Indian journal of veterinary science and animal husbandry - Volume 4,
Year: 1934
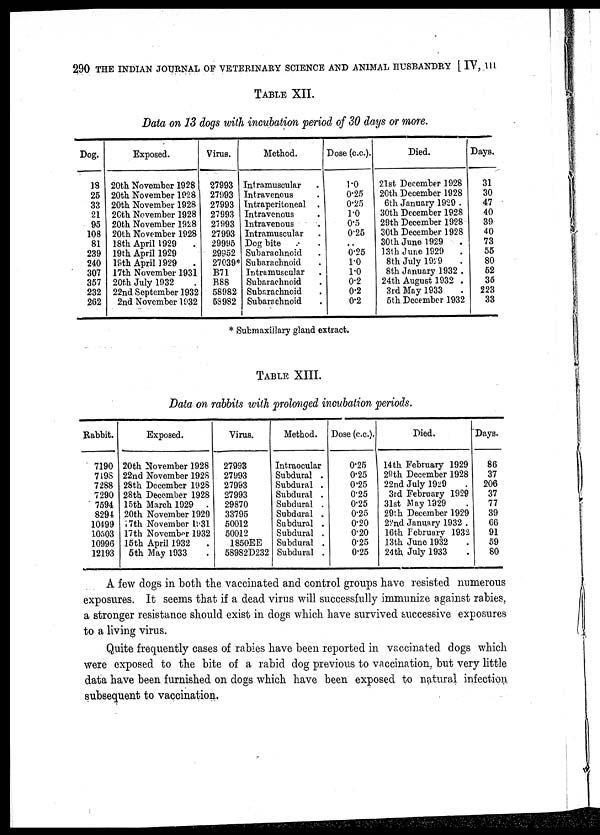
290 THE INDIAN JOURNAL OF VETERINARY SCIENCE AND ANIMAL HUSBANDRY [ IV, III.
TABLE XII.
Data on 13 dogs with incubation period of 30 days or more.
Dog.
18
25
33
21
95
108
81
239
240
307
357
232
262
Exposed.
20th November 1928
20th November 1928
20th November 1928
20th November 1928
20th November 1928
20th November 1928
18th April 1929
19th April 1929
19th April 1929
17th November 1931
20th July 1932
22nd September 1932
2nd November 1932
Virus.
27993
27993
27993
27993
27993
27993
29995
29952
27039*
B71
B88
58982
58982
Method.
Intramuscular
Intravenous
Intraperitoneal
Intravenous
Intravenous
Intramuscular
Dog bite
Subarachnoid
Subarachnoid
Intramuscular
Subarachnoid
Subarachnoid
Subarachnoid
Dose (c.c).
1.0
0.25
0.25
1.0
0.5
0.25
..
0.25
1.0
1.0
0.2
0.2
0.2
Died.
21st December 1928
20th December 1928
6th January 1929 .
30th December 1928
29th December 1928
30th December 1928
30th June 1929
13th June 1929
8th July 1929
8th January 1932 .
24th August 1932 .
3rd May 1933 .
5th December 1932
Days.
31
30
47
40
39
40
73
55
80
52
35
223
33
* Submaxillary gland extract.
TABLE XIII.
Data on rabbits with prolonged incubation periods.
Rabbit.
7190
7198
7288
7290
7594
8294
10499
10503
10996
12193
Exposed.
20th November 1928
22nd November 1928
28th December 1928
28th December 1928
15th March 1929 .
20th November 1929
17th November l931
17th November 1932
15th April 1932
5th May 1933
Virus.
27993
27993
27993
27993
29870
33795
50012
50012
1850EE
58982D232
Method.
Intraocular
Subdural .
Subdural .
Subdural .
Subdural .
Subdural .
Subdural .
Subdural .
Subdural .
Subdural .
Dose (c.c.).
0.25
0.25
0.25
0.25
0.25
0.25
0.20
0.20
0.25
0.25
Died.
14 th February 1929
29th December 1928
22nd July 1929
3rd February 1929
31st Way 1929
29th December 1929
22nd January 1932 .
16th February 1932
13th June 1932
24 th July 1933
Days.
86
37
206
37
77
39
66
91
59
80
A few dogs in both the vaccinated and control groups have resisted numerous
exposures. It seems that if a dead virus will successfully immunize against rabies,
a stronger resistance should exist in dogs which have survived successive exposures
to a living virus.
Quite frequently cases of rabies have been reported in vaccinated dogs which
were exposed to the bite of a rabid dog previous to vaccination, but very little
data have been furnished on dogs which have been exposed to natural infection
subsequent to vaccination.